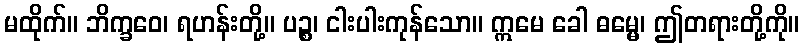
မထိုက်။ ဘိက္ခဝေ၊ ရဟန်းတို့။ ပဉ္စ၊ ငါးပါးကုန်သော။ ဣမေ ခေါ ဓမ္မေ၊ ဤတရားတို့ကို။